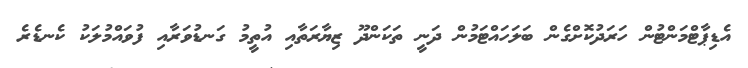
އެޑިޕާޓްމަންޓުން ހަރަދުކޮށްގެން ބަލަހައްޓަމުން ދަނީ ތަކަންދޫ ޒިޔާރަތާއި އުތީމު ގަނޑުވަރާއި ފުވައްމުލަކު ކެނޑެރެ